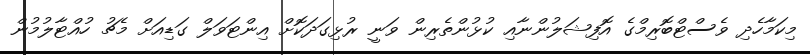
މިކަމާހެދި ވެސްޓްބޮރިމްގެ އޮފިޝަލުންނާއި ކުޅުންތެރިން ވަނީ ރުޅިގަދަކޮށް އިންޓަވަލް ގަޑިއަށް މެޗު ހުއްޓާލުމުން